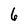
Character: 6